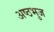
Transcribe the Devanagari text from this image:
अष्ठभुज